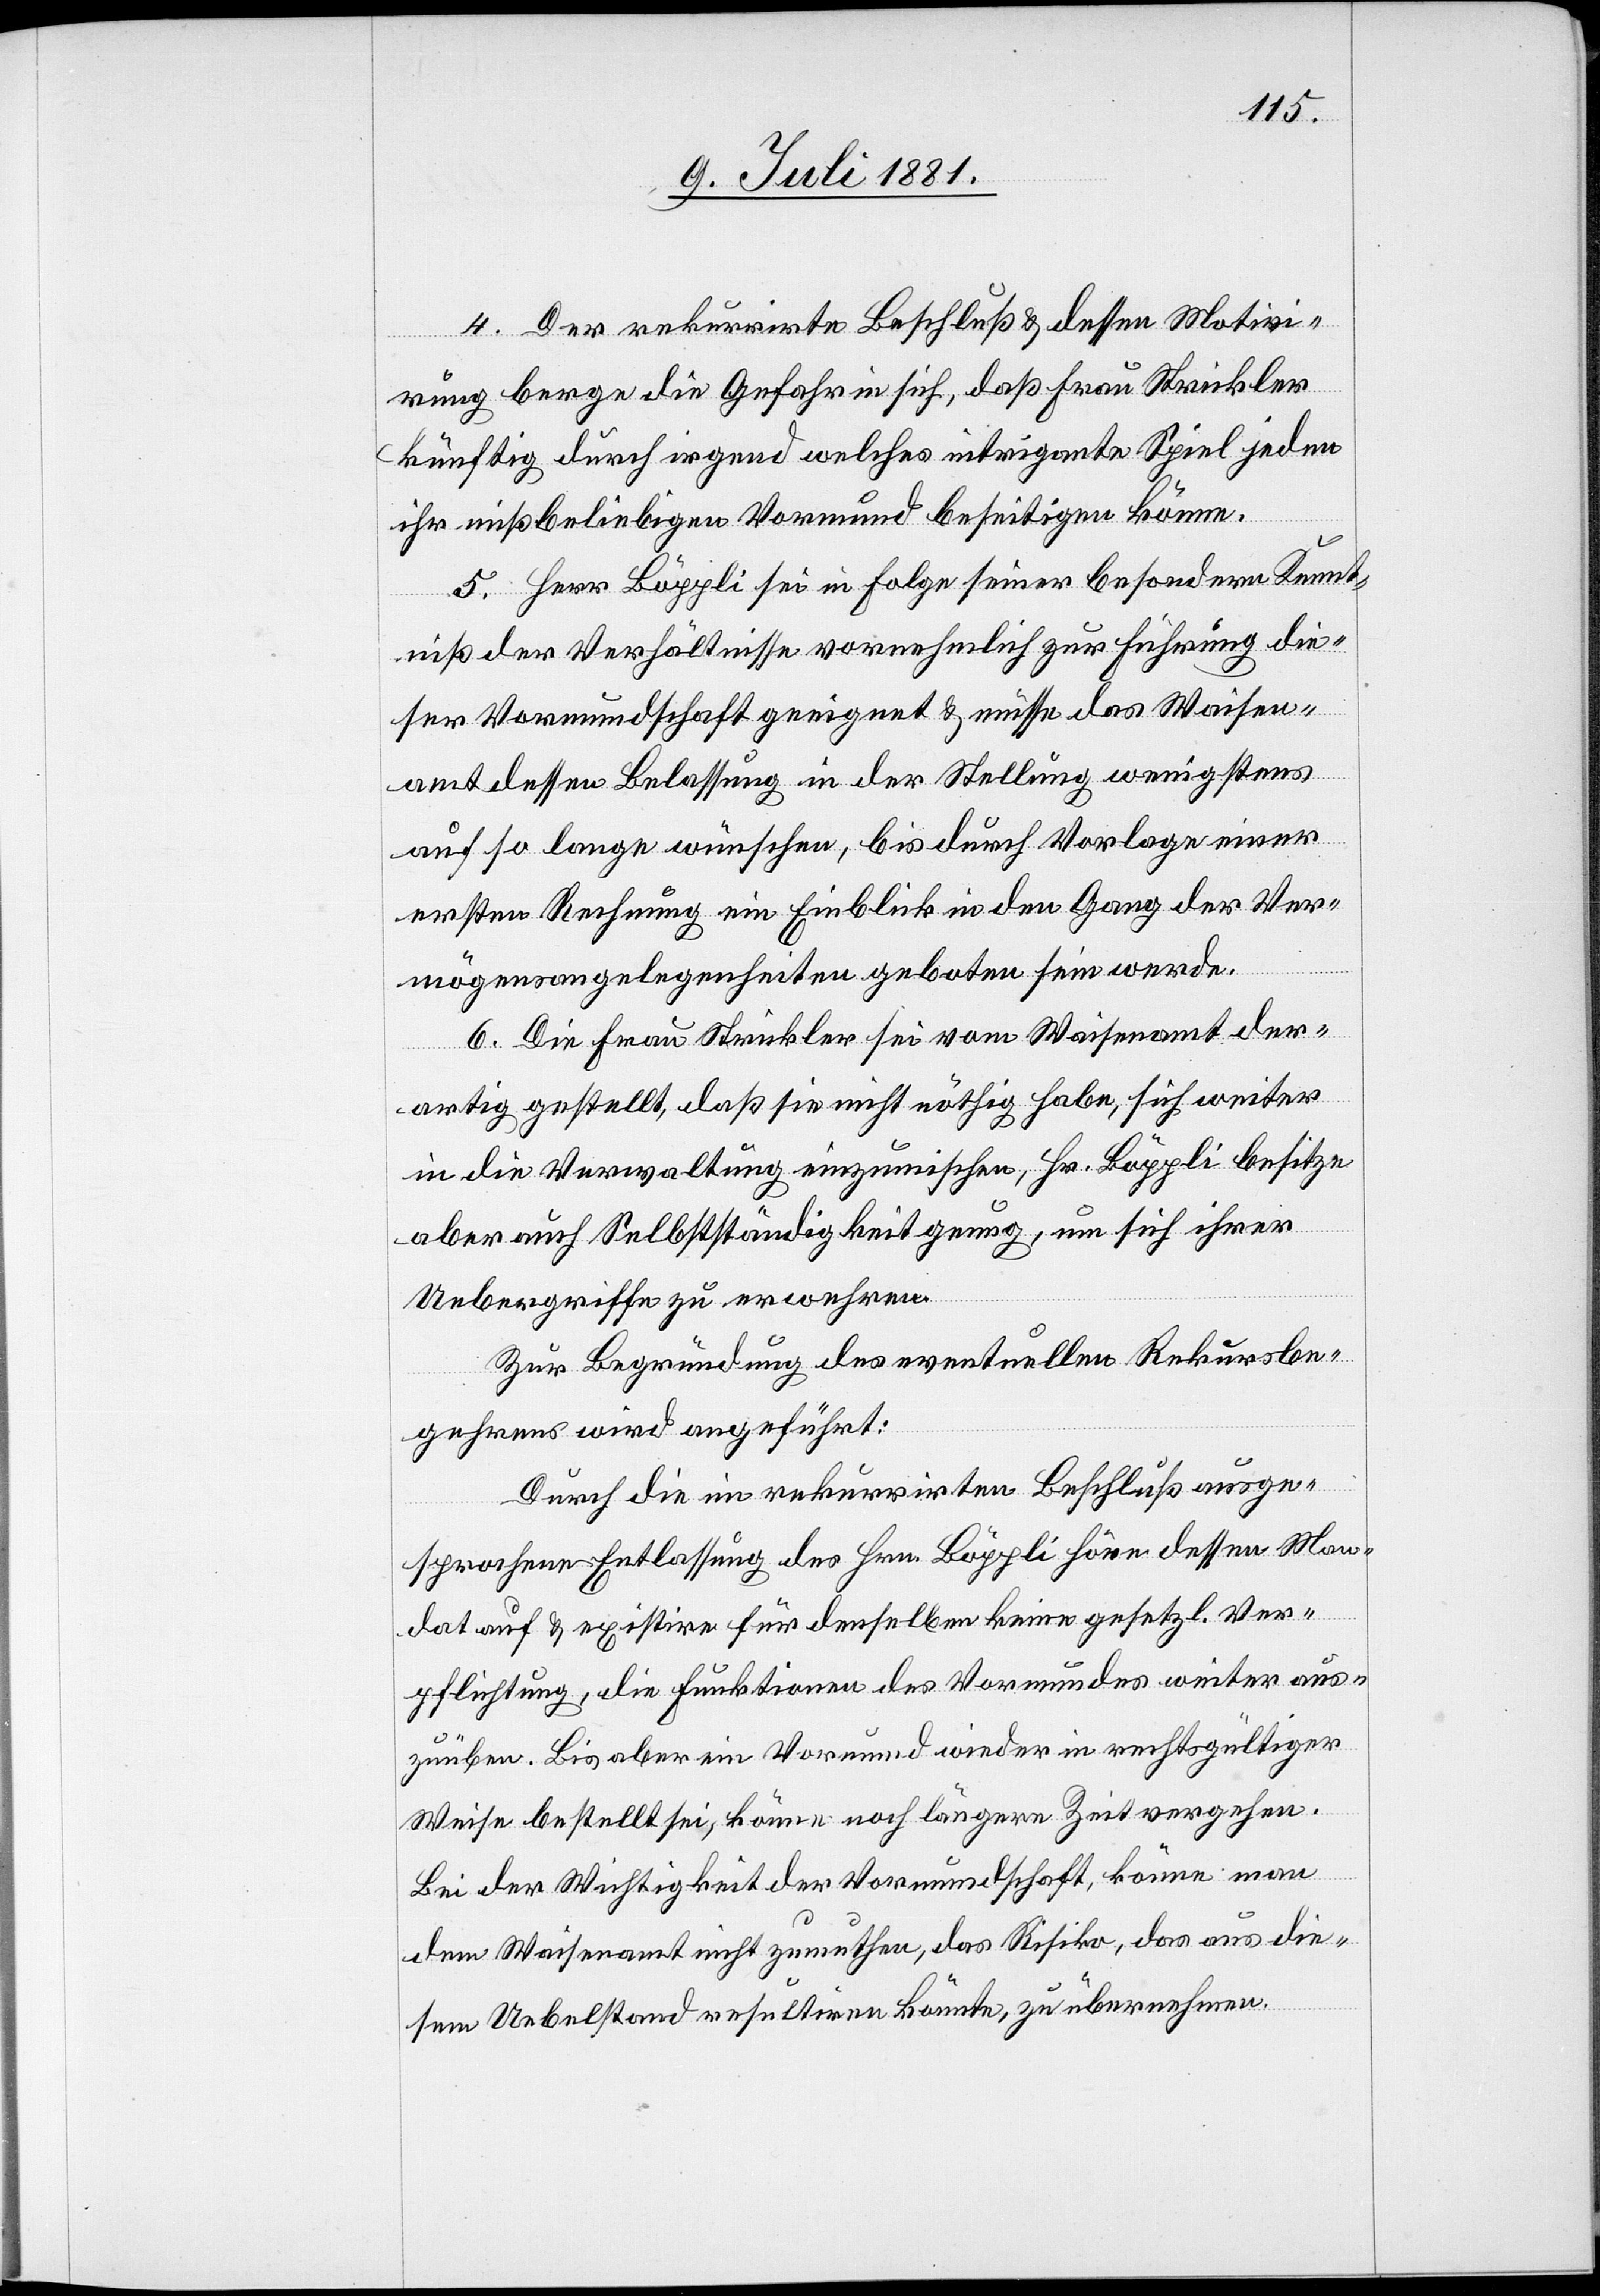
4. Der rekurrirte Beschluß & dessen Motivi¬
rung bergen die Gefahr in sich, daß Frau Strickler
künftig durch irgend welches intrigante Spiel jeden
ihr mißbeliebigen Vormund beseitigen könne.
5. Herr Böppli sei in Folge seiner besondern Kennt¬
niß der Verhältnisse vornehmlich zur Führung die¬
ser Vormundschaft geeignet & müsse das Waisen¬
amt dessen Entlassung in der Stellung wenigstens
auf so lange wünschen, bis durch Vorlage einer
ersten Rechnung ein Einblick in den Gang der Ver¬
mögensangelegenheiten geboten sein werde.
6. Die Frau Strickler sei vom Waisenamt der¬
artig gestellt, daß sie nicht nöthig habe, sich weiter
in die Verwaltung einzumischen, Hr. Böppli besitze
aber auch Selbstständigkeit genug, um sich ihrer
Uebergriffe zu erwehren.
Zur Begründung des eventuellen Rekursbe¬
gehrens wird angeführt:
Durch die im rekurrirten Beschluß ausge¬
sprochene Entlassung des Hrn. Böppli höre dessen Man¬
dat auf & existire für denselben keine gesetzl. Ver¬
pflichtung, die Funktionen des Vormundes weiter aus¬
zuüben. Bis aber ein Vormund wieder in rechtsgültiger
Weise bestellt sei, könne noch längere Zeit vergehen.
Bei der Wichtigkeit der Vormundschaft, könne man
dem Waisenamt nicht zumuthen, das Risiko, das aus die¬
sem Uebelstand resultiren könnte, zu übernehmen.